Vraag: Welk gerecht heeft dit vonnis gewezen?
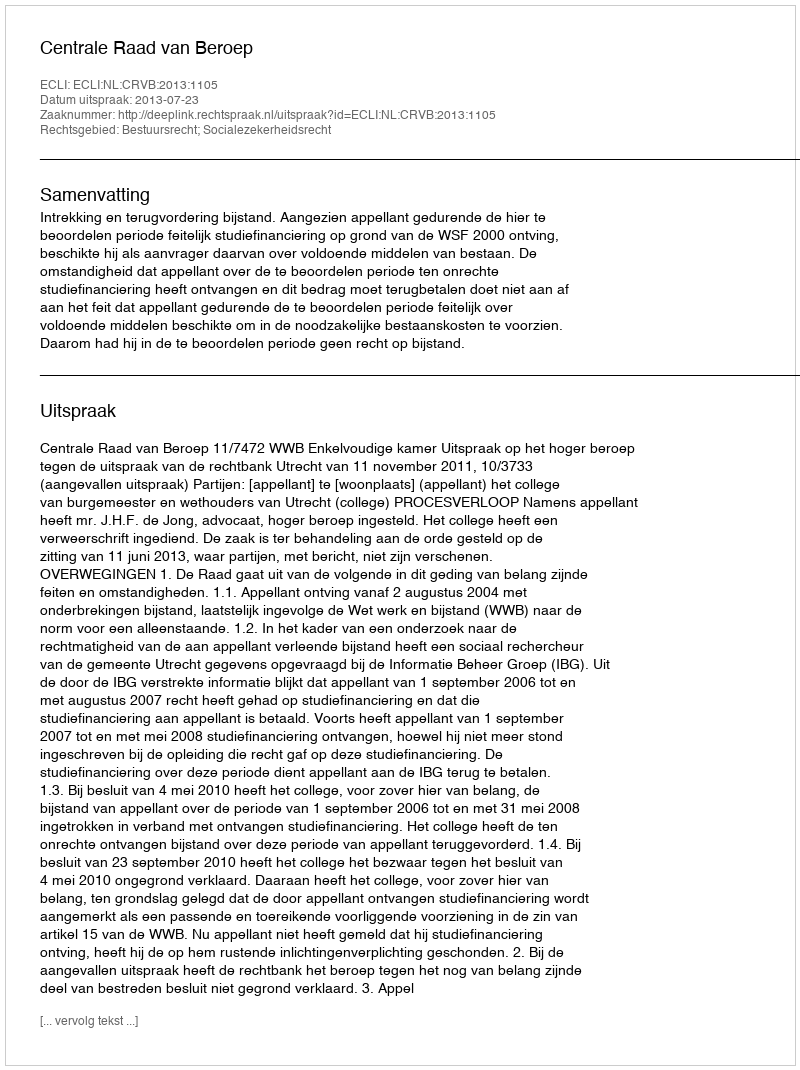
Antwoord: Centrale Raad van Beroep